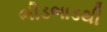
ભીડભાડથી